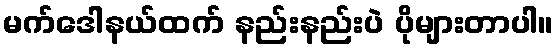
မက်ဒေါနယ်ထက် နည်းနည်းပဲ ပိုများတာပါ။